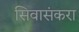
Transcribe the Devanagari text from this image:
सिवासंकरा